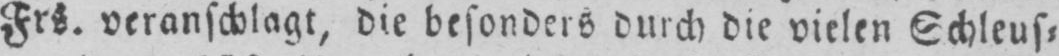
Frs. veranschlagt, die besonders durch die vielen Schleus⸗